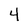
Character: 4